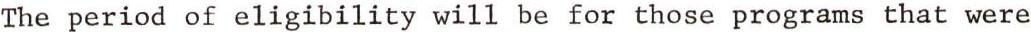
The period of eligibility will be for those programs that were